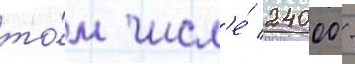
то́м числ'е́ 24000 -